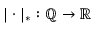
| \cdot | _ { * } : \mathbb { Q } \to \mathbb { R }